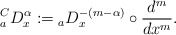
\begin{align*}{_a^CD_x^\alpha} := {_aD_x^{-(m-\alpha)}} \circ \frac{d^m}{dx^m}.\end{align*}